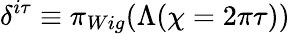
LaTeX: \delta^{i\tau}\equiv\pi_{Wig}(\Lambda(\chi=2\pi\tau))